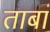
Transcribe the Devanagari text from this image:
ताबां